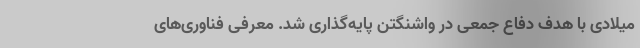
میلادی با هدف دفاع جمعی در واشنگتن پایه‌گذاری شد. معرفی فناوری‌های